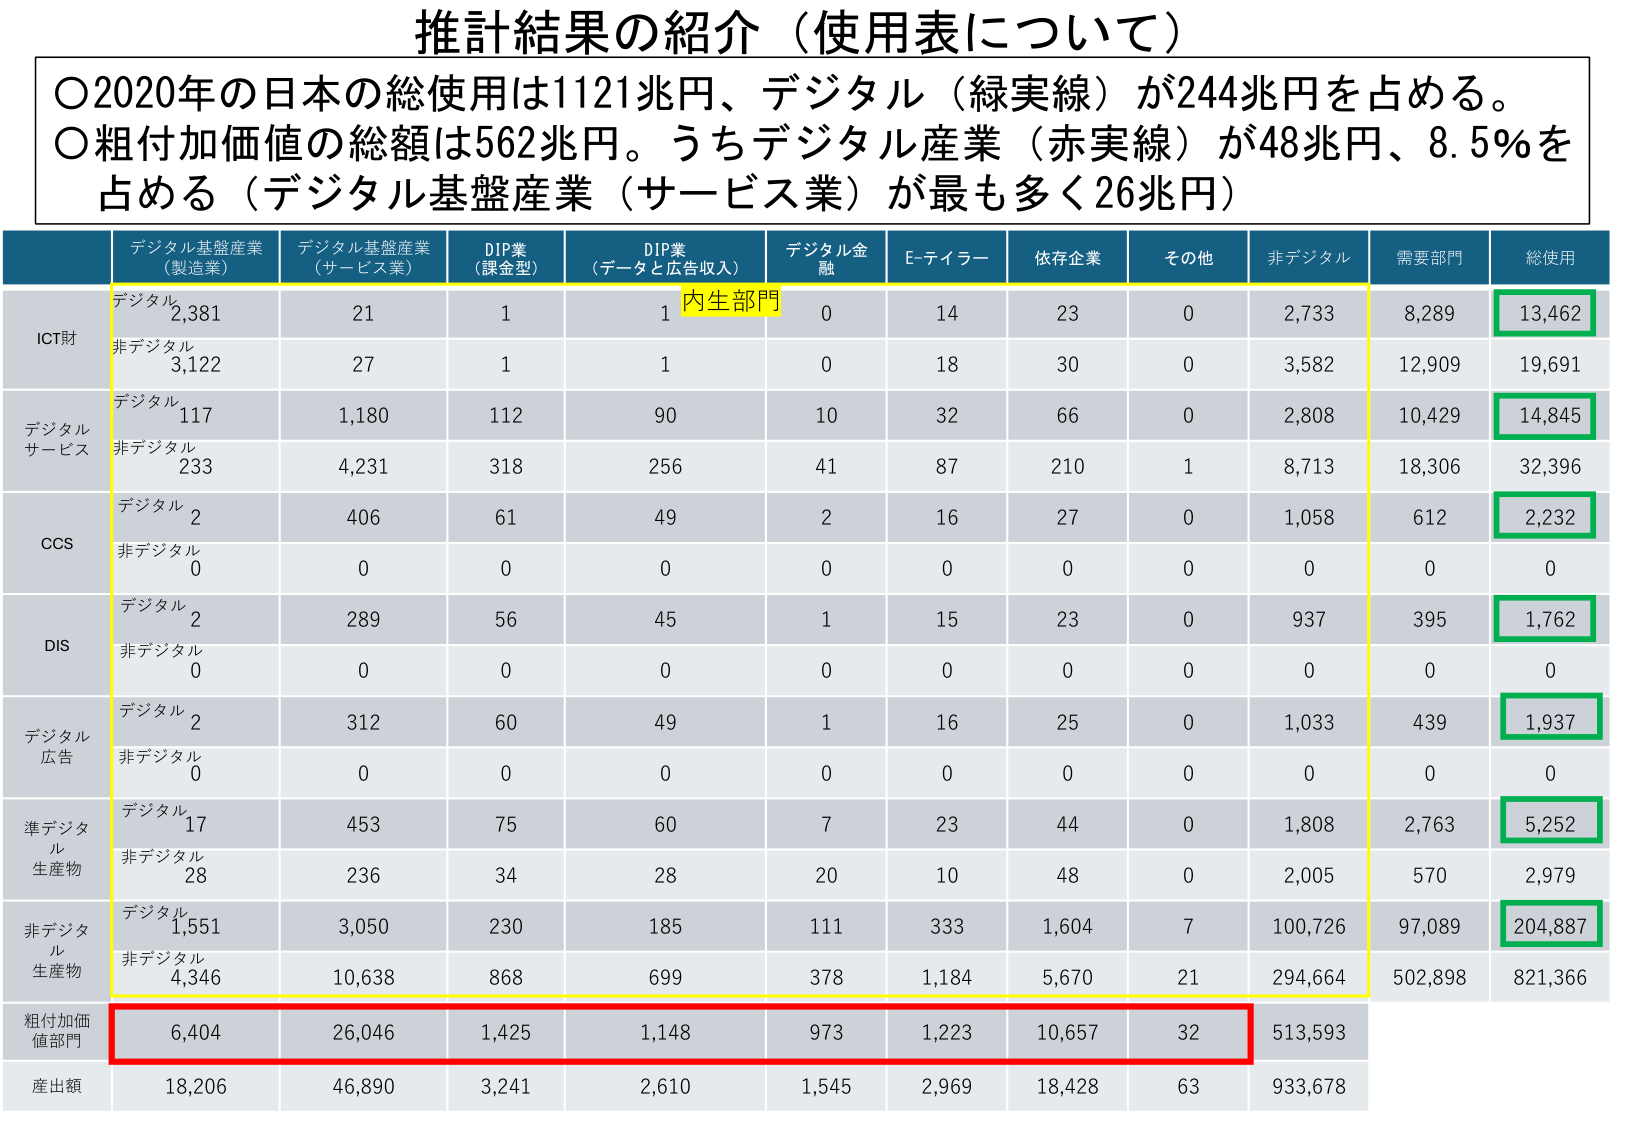
推計結果の紹介（使用表について）

〇2020年の日本の総使用は1121兆円、デジタル（緑実線）が244兆円を占める。
〇粗付加価値の総額は562兆円。うちデジタル産業（赤実線）が48兆円、8.5％を占める（デジタル基盤産業（サービス業）が最も多く26兆円）

デジタル基盤産業
（製造業）
デジタル基盤産業
（サービス業）
DIP業
（課金型）
DIP業
（データと広告収入）
デジタル金融
E-ティラー
依存企業
その他
非デジタル
需要部門
総使用

内生部門

ICT財
デジタル
2,381
21
1
1
0
14
23
0
2,733
8,289
13,462
非デジタル
3,122
27
1
1
0
18
30
0
3,582
12,909
19,691

デジタル
サービス
デジタル
117
1,180
112
90
10
32
66
0
2,808
10,429
14,845
非デジタル
233
4,231
318
256
41
87
210
1
8,713
18,306
32,396

CCS
デジタル
2
406
61
49
2
16
27
0
1,058
612
2,232
非デジタル
0
0
0
0
0
0
0
0
0
0
0

DIS
デジタル
2
289
56
45
1
15
23
0
937
395
1,762
非デジタル
0
0
0
0
0
0
0
0
0
0
0

デジタル
広告
デジタル
2
312
60
49
1
16
25
0
1,033
439
1,937
非デジタル
0
0
0
0
0
0
0
0
0
0
0

準デジタル
生産物
デジタル
17
453
75
60
7
23
44
0
1,808
2,763
5,252
非デジタル
28
236
34
28
20
10
48
0
2,005
570
2,979

非デジタル
生産物
デジタル
1,551
3,050
230
185
111
333
1,604
7
100,726
97,089
204,887
非デジタル
4,346
10,638
868
699
378
1,184
5,670
21
294,664
502,898
821,366

粗付加価
値部門
6,404
26,046
1,425
1,148
973
1,223
10,657
32
513,593

産出額
18,206
46,890
3,241
2,610
1,545
2,969
18,428
63
933,678